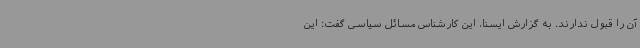
آن را قبول ندارند. به گزارش ایسنا، این کارشناس مسائل سیاسی گفت: این